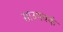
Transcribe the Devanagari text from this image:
साउथवर्क